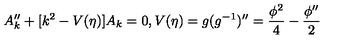
A _ { k } ^ { \prime \prime } + [ k ^ { 2 } - V ( \eta ) ] A _ { k } = 0 , V ( \eta ) = g ( g ^ { - 1 } ) ^ { \prime \prime } = \frac { \phi ^ { 2 } } { 4 } - \frac { \phi ^ { \prime \prime } } { 2 }